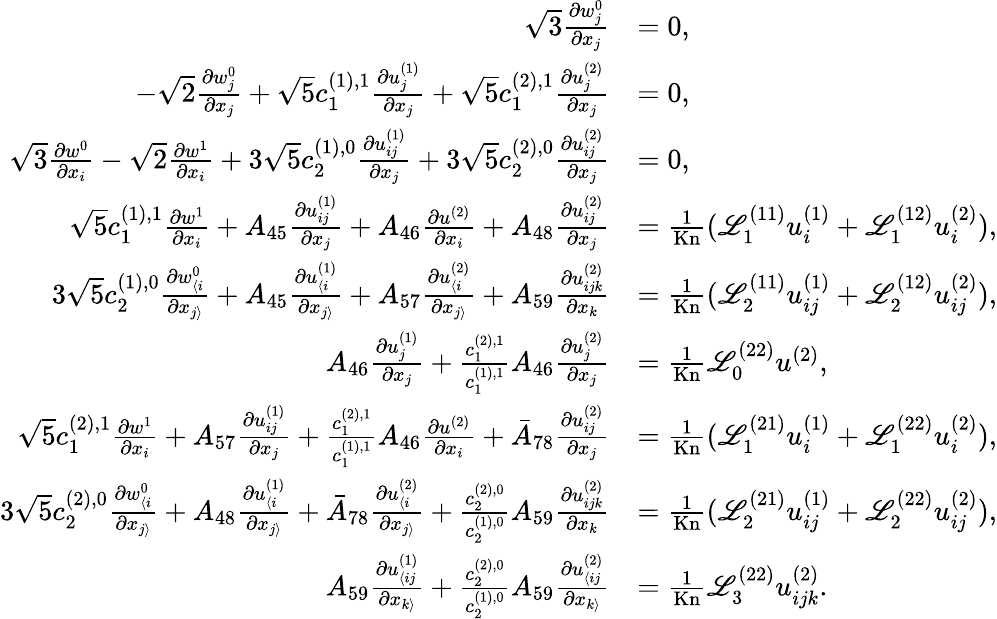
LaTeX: \begin{array}{rl}{\sqrt{3}\frac{\partial w_{j}^{0}}{\partial x_{j}}}&{=0,}\\ {-\sqrt{2}\frac{\partial w_{j}^{0}}{\partial x_{j}}+\sqrt{5}c_{1}^{(1),1}\frac{\partial u_{j}^{(1)}}{\partial x_{j}}+\sqrt{5}c_{1}^{(2),1}\frac{\partial u_{j}^{(2)}}{\partial x_{j}}}&{=0,}\\ {\sqrt{3}\frac{\partial w^{0}}{\partial x_{i}}-\sqrt{2}\frac{\partial w^{1}}{\partial x_{i}}+3\sqrt{5}c_{2}^{(1),0}\frac{\partial u_{ij}^{(1)}}{\partial x_{j}}+3\sqrt{5}c_{2}^{(2),0}\frac{\partial u_{ij}^{(2)}}{\partial x_{j}}}&{=0,}\\ {\sqrt{5}c_{1}^{(1),1}\frac{\partial w^{1}}{\partial x_{i}}+A_{45}\frac{\partial u_{ij}^{(1)}}{\partial x_{j}}+A_{46}\frac{\partial u^{(2)}}{\partial x_{i}}+A_{48}\frac{\partial u_{ij}^{(2)}}{\partial x_{j}}}&{=\frac{1}{\mathrm{Kn}}(\mathscr{L}_{1}^{(11)}u_{i}^{(1)}+\mathscr{L}_{1}^{(12)}u_{i}^{(2)}),}\\ {3\sqrt{5}c_{2}^{(1),0}\frac{\partial w_{\langle i}^{0}}{\partial x_{j\rangle}}+A_{45}\frac{\partial u_{\langle i}^{(1)}}{\partial x_{j\rangle}}+A_{57}\frac{\partial u_{\langle i}^{(2)}}{\partial x_{j\rangle}}+A_{59}\frac{\partial u_{ijk}^{(2)}}{\partial x_{k}}}&{=\frac{1}{\mathrm{Kn}}(\mathscr{L}_{2}^{(11)}u_{ij}^{(1)}+\mathscr{L}_{2}^{(12)}u_{ij}^{(2)}),}\\ {A_{46}\frac{\partial u_{j}^{(1)}}{\partial x_{j}}+\frac{c_{1}^{(2),1}}{c_{1}^{(1),1}}A_{46}\frac{\partial u_{j}^{(2)}}{\partial x_{j}}}&{=\frac{1}{\mathrm{Kn}}\mathscr{L}_{0}^{(22)}u^{(2)},}\\ {\sqrt{5}c_{1}^{(2),1}\frac{\partial w^{1}}{\partial x_{i}}+A_{57}\frac{\partial u_{ij}^{(1)}}{\partial x_{j}}+\frac{c_{1}^{(2),1}}{c_{1}^{(1),1}}A_{46}\frac{\partial u^{(2)}}{\partial x_{i}}+\bar{A}_{78}\frac{\partial u_{ij}^{(2)}}{\partial x_{j}}}&{=\frac{1}{\mathrm{Kn}}(\mathscr{L}_{1}^{(21)}u_{i}^{(1)}+\mathscr{L}_{1}^{(22)}u_{i}^{(2)}),}\\ {3\sqrt{5}c_{2}^{(2),0}\frac{\partial w_{\langle i}^{0}}{\partial x_{j\rangle}}+A_{48}\frac{\partial u_{\langle i}^{(1)}}{\partial x_{j\rangle}}+\bar{A}_{78}\frac{\partial u_{\langle i}^{(2)}}{\partial x_{j\rangle}}+\frac{c_{2}^{(2),0}}{c_{2}^{(1),0}}A_{59}\frac{\partial u_{ijk}^{(2)}}{\partial x_{k}}}&{=\frac{1}{\mathrm{Kn}}(\mathscr{L}_{2}^{(21)}u_{ij}^{(1)}+\mathscr{L}_{2}^{(22)}u_{ij}^{(2)}),}\\ {A_{59}\frac{\partial u_{\langle ij}^{(1)}}{\partial x_{k\rangle}}+\frac{c_{2}^{(2),0}}{c_{2}^{(1),0}}A_{59}\frac{\partial u_{\langle ij}^{(2)}}{\partial x_{k\rangle}}}&{=\frac{1}{\mathrm{Kn}}\mathscr{L}_{3}^{(22)}u_{ijk}^{(2)}.}\end{array}